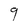
Character: 9